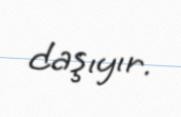
daşıyır.